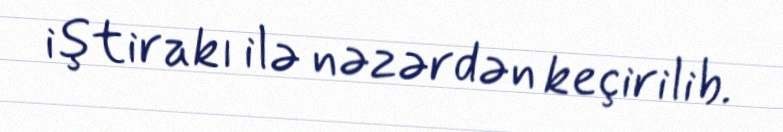
iştirakı ilə nəzərdən keçirilib.